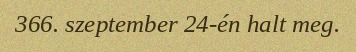
366. szeptember 24-én halt meg.